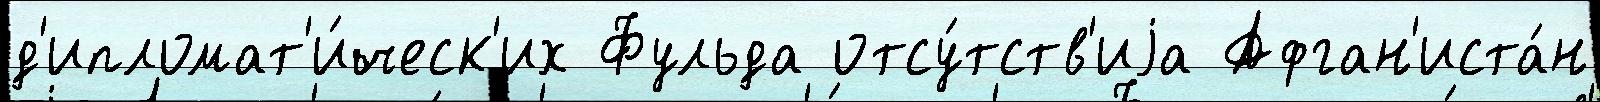
д'ипломат'и́ческ'их Фульда отсу́тств'иjа Афган'иста́н